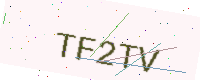
Text: TF2TV